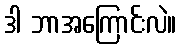
ဒါ ဘာအကြောင်းလဲ။